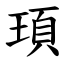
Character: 頊